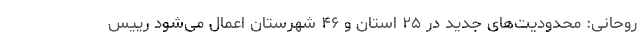
روحانی: محدودیت‌های جدید در ۲۵ استان و ۴۶ شهرستان اعمال می‌شود رییس